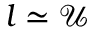
l \simeq \mathcal { U }